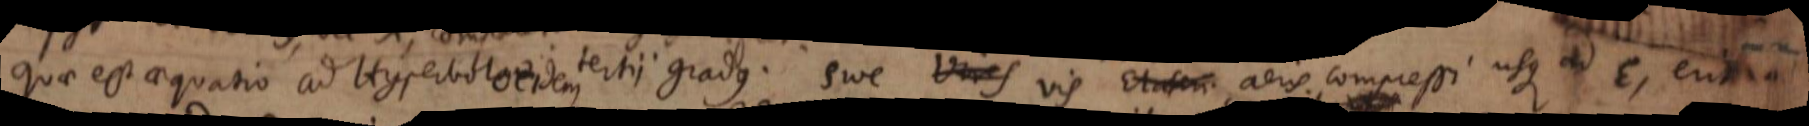
quae est aequatio ad Hyperbolam tertii gradus. Sive vis Elateri aeris compressi usque ad E, erit ad